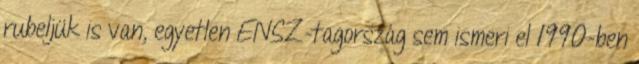
rubeljük is van, egyetlen ENSZ-tagország sem ismeri el 1990-ben